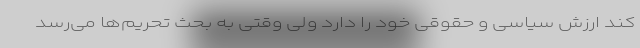
کند ارزش سیاسی و حقوقی خود را دارد ولی وقتی به بحث تحریم‌ها می‌رسد